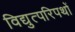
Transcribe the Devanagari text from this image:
विद्युत्परिपथों